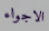
الاجواء